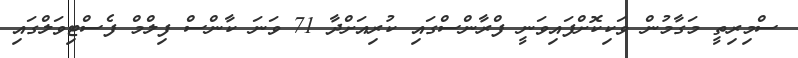
ސްމިރިތީ މަގާމުން ވަކިކޮށްފައިވަނީ ފްރާންސްގައި ކުރިއަށްދާ 71 ވަނަ ކާންސް ފިލްމް ފެސްޓިވަލްގައި